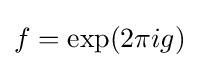
f=\exp(2\pi ig)